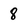
Character: 8